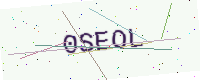
Text: 0SEOL